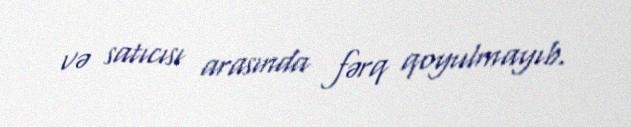
və satıcısı arasında fərq qoyulmayıb.